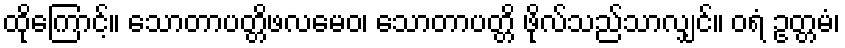
ထိုကြောင့်။ သောတာပတ္တိဖလမေဝ၊ သောတာပတ္တိ ဖိုလ်သည်သာလျှင်။ ဝရံ ဥတ္တမံ၊